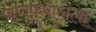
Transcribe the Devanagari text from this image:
फणफणलेला